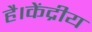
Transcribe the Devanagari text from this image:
है।केंद्रीय